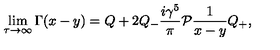
\lim _ { \tau \rightarrow \infty } \Gamma ( x - y ) = Q + 2 Q _ { - } \frac { i \gamma ^ { 5 } } { \pi } { \cal P } \frac { 1 } { x - y } Q _ { + } ,